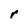
Character: r